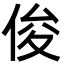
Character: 俊